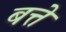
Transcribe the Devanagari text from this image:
बत्ते